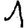
Digit: 1